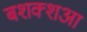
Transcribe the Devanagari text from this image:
बशक्शआ